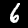
Digit: 6